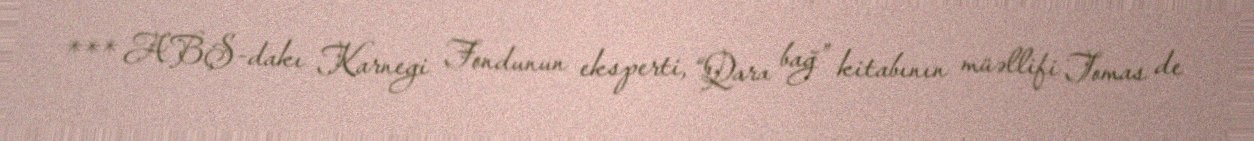
*** ABŞ-dakı Karnegi Fondunun eksperti, “Qara bağ” kitabının müəllifi Tomas de